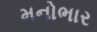
મનોભાર